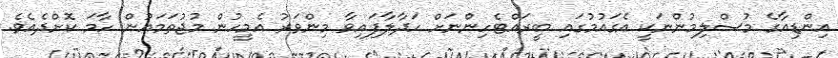
އިންޑިއާގެ މުސްލިމުންނަކީ އެގައުމުގައި ބީރައްޓެހިންނަށް ހަދާލާފައިވާ މިންވަރު އެމީހުން މުޖުތަމައުން ހާމަ ކޮށްދެއެވެ.